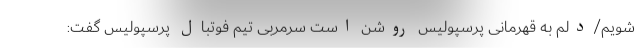
شویم/دلم به قهرمانی پرسپولیس روشن است سرمربی تیم فوتبال پرسپولیس گفت: